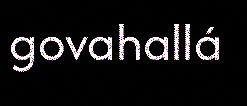
govahallá